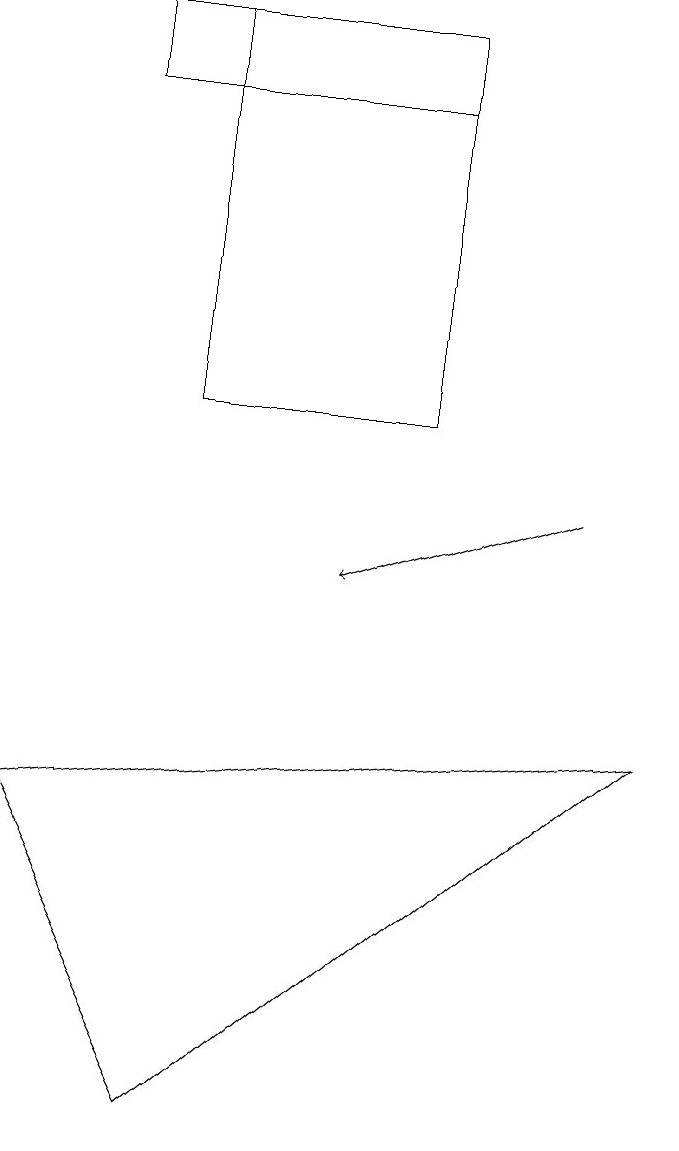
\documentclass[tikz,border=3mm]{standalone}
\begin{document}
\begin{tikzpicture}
\draw (1,17) rectangle (5,18);
\draw[->] (7,12) -- (4,11);
\draw (8,9) -- (0,8) -- (2,4) -- cycle;
\draw (5,18) rectangle (2,13);
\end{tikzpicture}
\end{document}